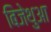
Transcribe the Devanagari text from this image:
बिजेथुआ